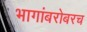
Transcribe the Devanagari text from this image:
भागांबरोबरच